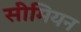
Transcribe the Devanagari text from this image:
सीमियन